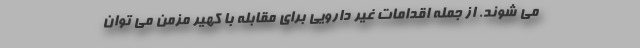
می شوند. از جمله اقدامات غیر دارویی برای مقابله با کهیر مزمن می توان